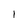
Character: 1